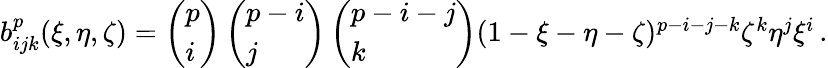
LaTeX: \begin{array}{r}{b_{ijk}^{p}(\xi,\eta,\zeta)=\left(\begin{array}{l}{p}\\ {i}\end{array}\right)\left(\begin{array}{l}{p-i}\\ {j}\end{array}\right)\left(\begin{array}{l}{p-i-j}\\ {k}\end{array}\right)(1-\xi-\eta-\zeta)^{p-i-j-k}\zeta^{k}\eta^{j}\xi^{i}\, .}\end{array}